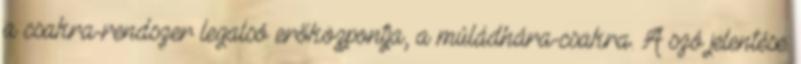
a csakra-rendszer legalsó erőközpontja, a múládhára-csakra. A szó jelentése: